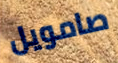
صامويل